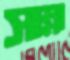
সাম্না